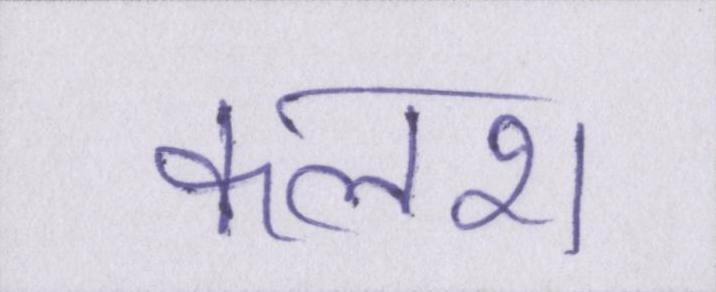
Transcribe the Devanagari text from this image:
कलश